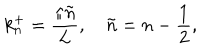
k _ { n } ^ { + } = \frac { \pi \tilde { n } } { L } , \quad \tilde { n } = n - \frac { 1 } { 2 } ,